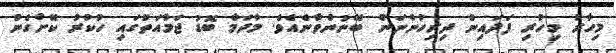
މިހާރު މިހުރި ފަދައިން ދިރިހުންނަން ބޭނުންވާނެއެވެ. މާދަމާ ބޮޑު ޖަމާއަތުގައި ހުކުރު ކޮށްގެން